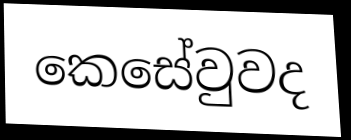
කෙසේවුවද